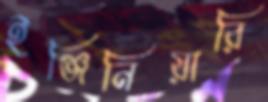
ইঞ্জিনিয়ারি